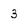
Character: 3